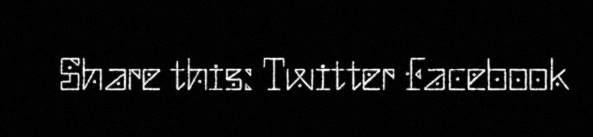
Share this: Twitter Facebook